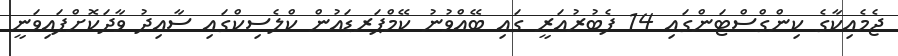
ޖެމެއިކާގެ ކިންގްސްޓަންގައި 14 ފެބުރުއަރީ ގައި ބޭއްވުނު ކޭމްޕަރޑައުން ކްލެސިކްގައި ސާއިދު ވާދަކޮށްފައިވަނީ